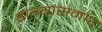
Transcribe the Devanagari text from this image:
डांग्यांसमोर